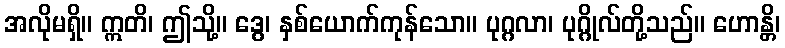
အလိုမရှိ။ ဣတိ၊ ဤသို့။ ဒွေ၊ နှစ်ယောက်ကုန်သော။ ပုဂ္ဂလာ၊ ပုဂ္ဂိုလ်တို့သည်။ ဟောန္တိ၊